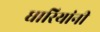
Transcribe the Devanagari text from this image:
धारियांनी